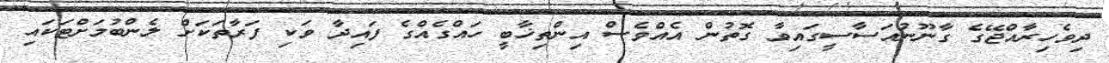
ދިވެހިރާއްޖޭގެ ގާނޫނުއަސާސީގައިވާ ގޮތުން އެއްވެސް އިންތިޚާބީ ހައްގެއްގެ ފައިދާ ވަކި ފަރާތަކަށް ލެންބުމަށްޓަކައި